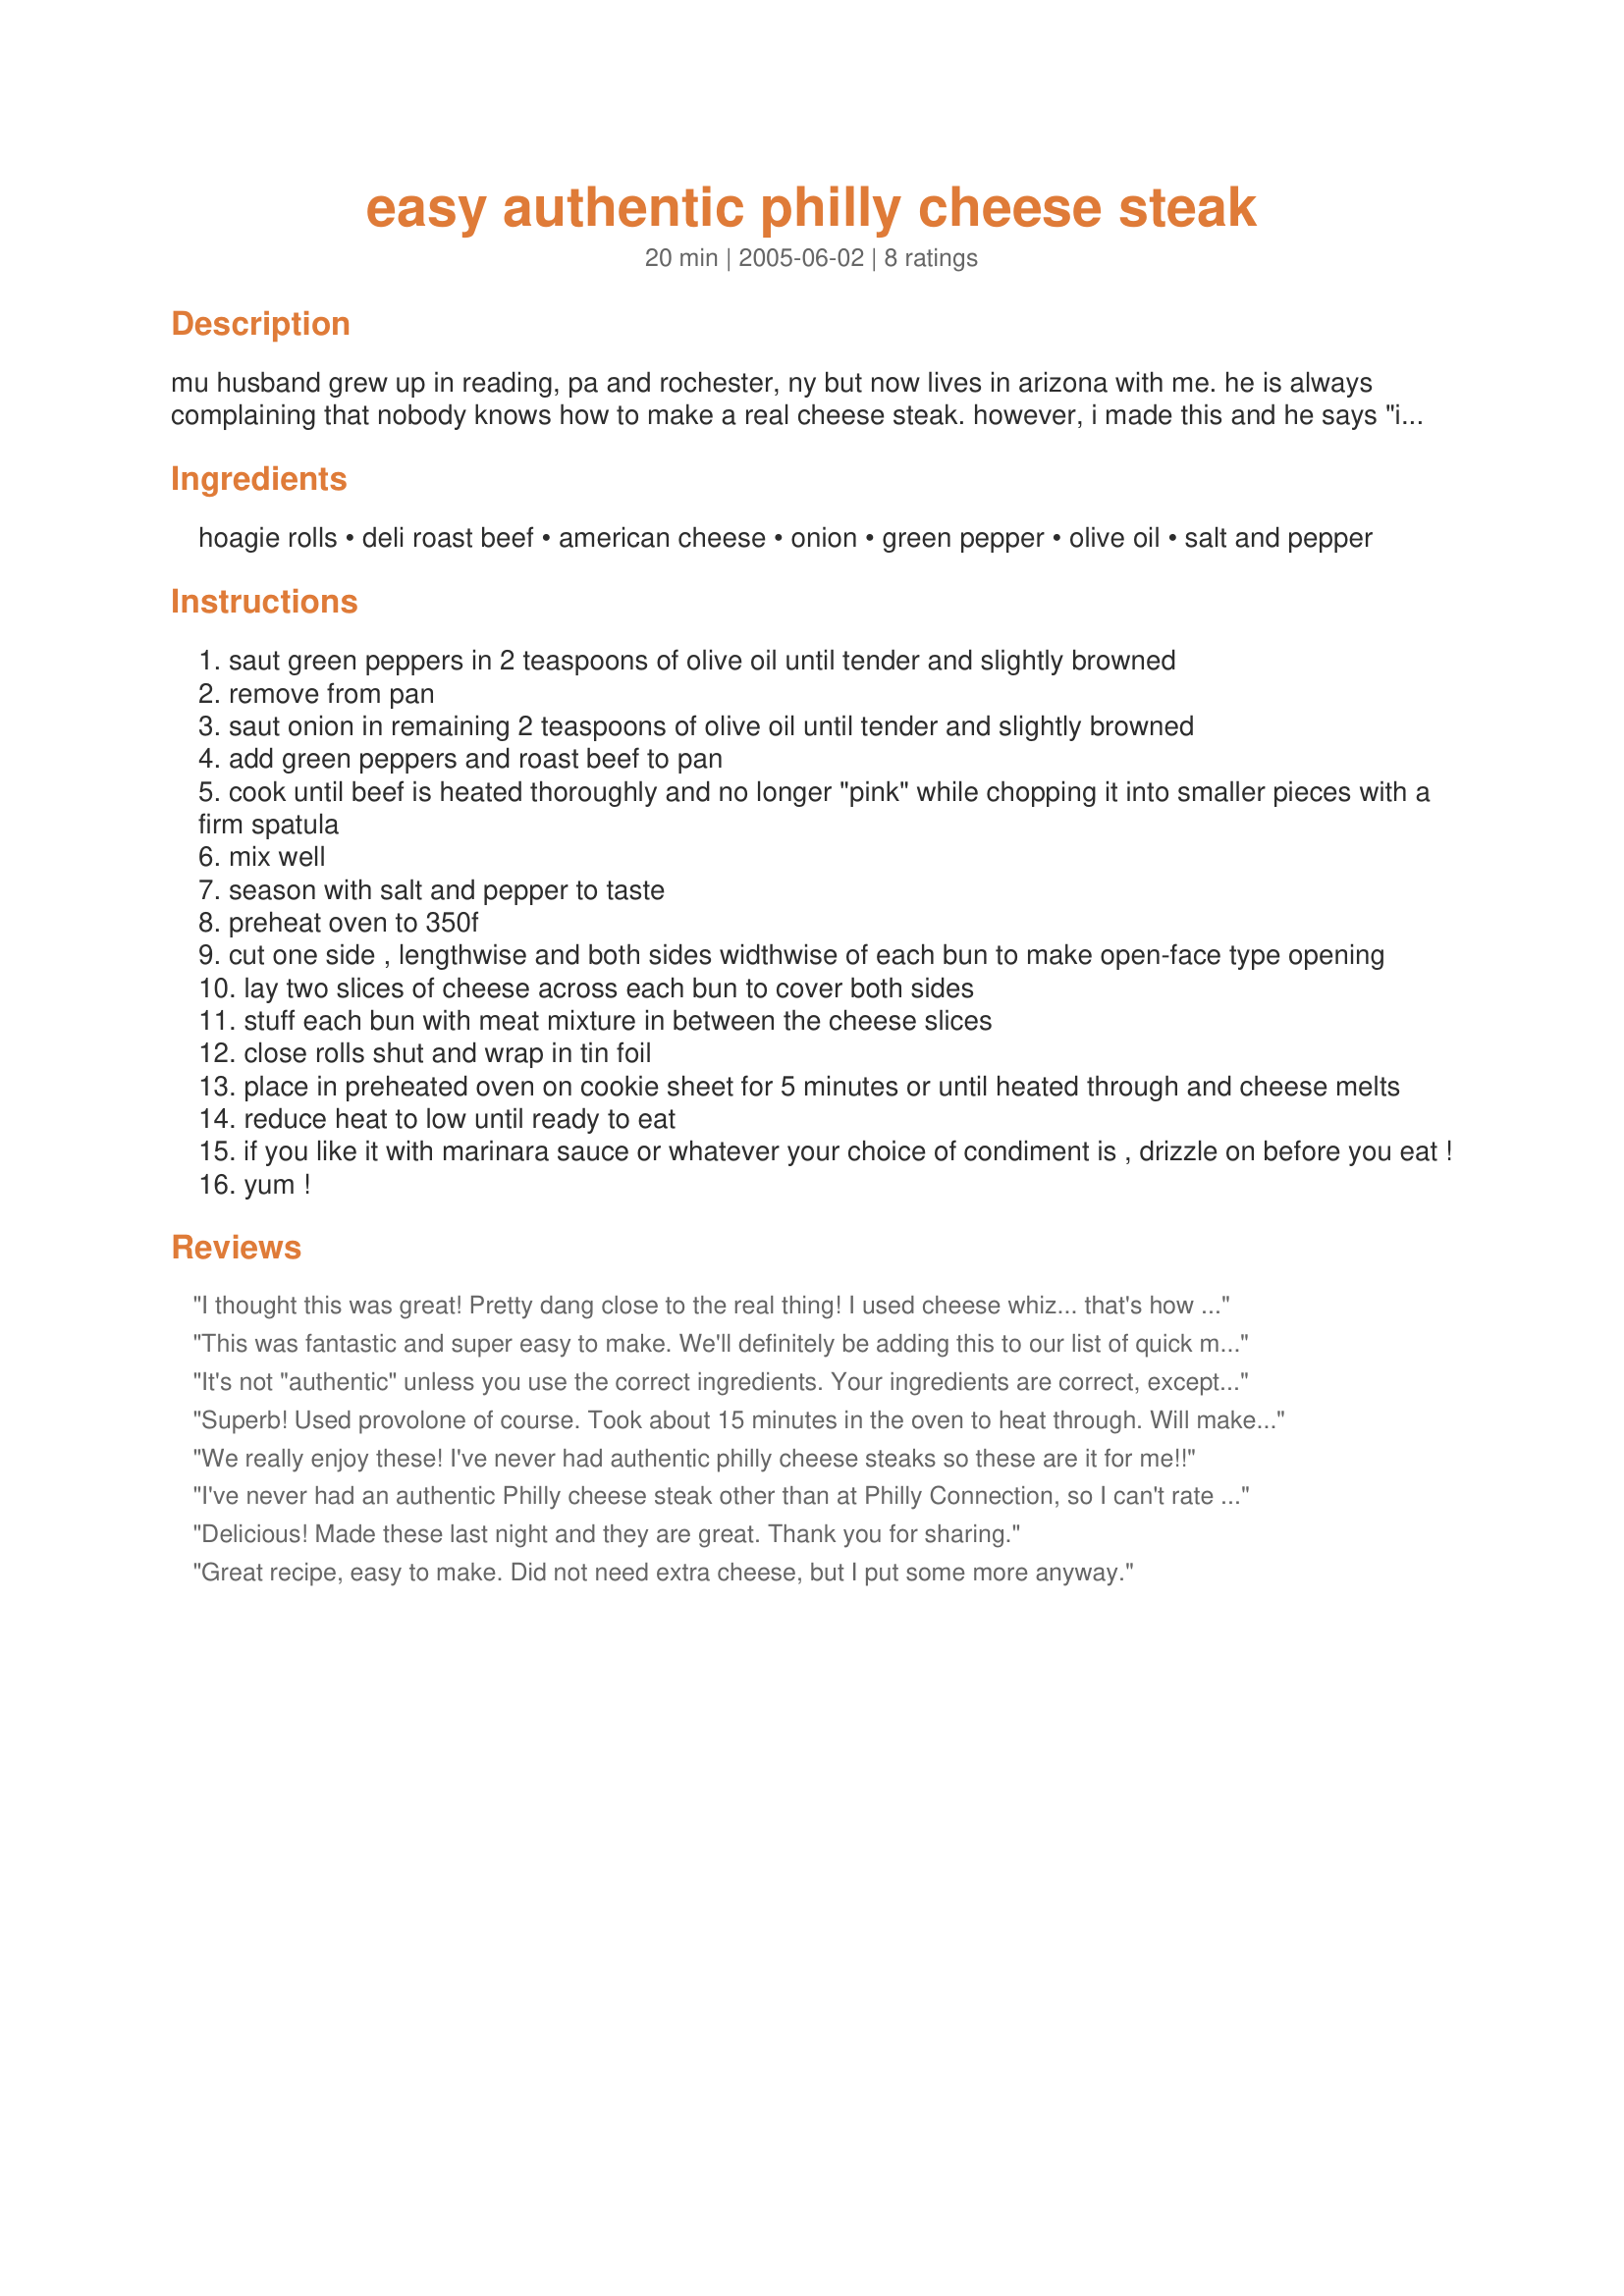
easy authentic philly cheese steak
Preparation time: 20 minutes

mu husband grew up in reading, pa and rochester, ny but now lives in arizona with me. he is always complaining that nobody knows how to make a real cheese steak. however, i made this and he says "i hit it on the nose."

Ingredients:
hoagie rolls, deli roast beef, american cheese, onion, green pepper, olive oil, salt and pepper

Steps:
saut green peppers in 2 teaspoons of olive oil until tender and slightly browned
remove from pan
saut onion in remaining 2 teaspoons of olive oil until tender and slightly browned
add green peppers and roast beef to pan
cook until beef is heated thoroughly and no longer "pink" while chopping it into smaller pieces with a firm spatula
mix well
season with salt and pepper to taste
preheat oven to 350f
cut one side , lengthwise and both sides widthwise of each bun to make open-face type opening
lay two slices of cheese across each bun to cover both sides
stuff each bun with meat mixture in between the cheese slices
close rolls shut and wrap in tin foil
place in preheated oven on cookie sheet for 5 minutes or until heated through and cheese melts
reduce heat to low until ready to eat
if you like it with marinara sauce or whatever your choice of condiment is , drizzle on before you eat !
yum !

Reviews:
I thought this was great! Pretty dang close to the real thing! 
I used cheese whiz... that's how I order it from Pats in Philly. YUM!
This was fantastic and super easy to make. We'll definitely be adding this to our list of quick meals to make.
It's not "authentic" unless you use the correct ingredients. Your ingredients are correct, except that you should use Provolone Cheese & not American.
Superb! Used provolone of course. Took about 15 minutes in the oven to heat through. Will make again soon! I sauteed the peppers and onion for awhile in olive oil. Made them very sweet and tender.
We really enjoy these! I've never had authentic philly cheese steaks so these are it for me!!
I've never had an authentic Philly cheese steak other than at Philly Connection, so I can't rate this based on authenticity. However, we did like this sandwich very much and will definitely have it again. I used provolone cheese but I don't think I used quite enough. I will probably double the cheese next time.
Delicious! Made these last night and they are great. Thank you for sharing.
Great recipe, easy to make. Did not need extra cheese, but I put some more anyway.
